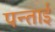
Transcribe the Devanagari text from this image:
पन्ताई